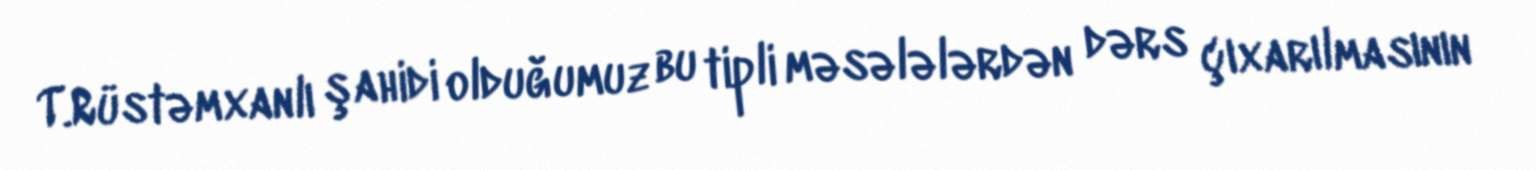
T.Rüstəmxanlı şahidi olduğumuz bu tipli məsələlərdən dərs çıxarılmasının